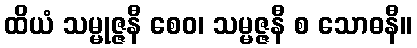
ထိယံ သမ္မုဇ္ဇနီ စေဝ၊ သမ္မဇ္ဇနီ စ သောဓနီ။